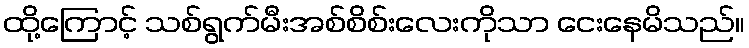
ထို့ကြောင့် သစ်ရွက်မီးအစ်စိစ်းလေးကိုသာ ငေးနေမိသည်။